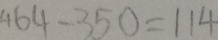
4 6 4 - 3 5 0 = 1 1 4